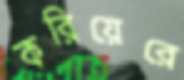
করিয়েরে